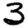
Digit: 3